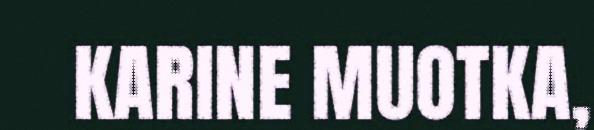
KARINE MUOTKA,